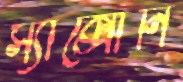
স্যাক্সোনি